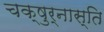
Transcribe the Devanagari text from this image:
चक्षुर्नास्ति